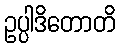
ဥပ္ပါဒိတောတိ